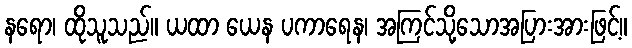
နရော၊ ထိုသူသည်။ ယထာ ယေန ပကာရေန၊ အကြင်သို့သောအပြားအားဖြင့်။